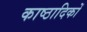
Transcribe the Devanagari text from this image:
काष्ठादिकों